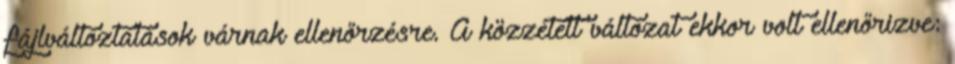
fájlváltoztatások várnak ellenőrzésre. A közzétett változat ekkor volt ellenőrizve: